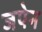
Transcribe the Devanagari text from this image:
जपेन